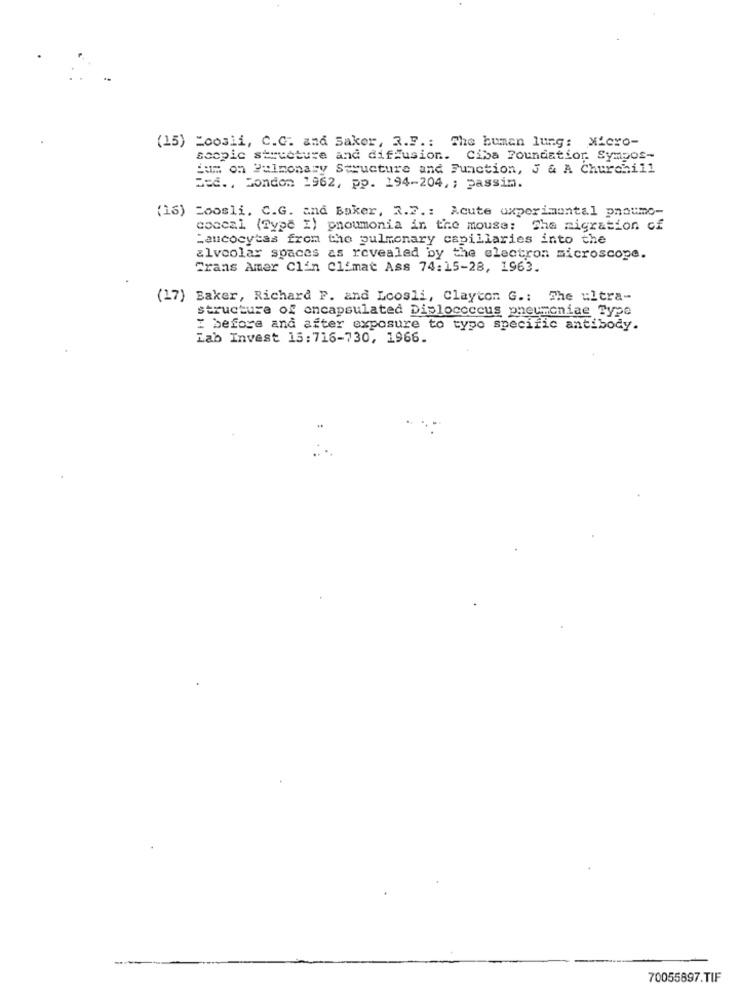
(15) Zoosii, C.C. and Saker, R.F .: The human lung: Micro-
scopic structure and diffusion. Ciba Foundation Sympos-
jum on Pulmonary Structure and Function, J & A Churchill
Bed ., London 1962, pp. 194-204, ; passim.
(16) Zoosli. C.G. and Baker, 2.7 .: Acute uxperimental pnoumo-
coccal (Type I) pnoumonia in the mouse: The migration of
"aucocytes from the pulmonary capillaries into the
alveolar spaces as revealed by the electron microscope.
Trans Amer Clin Climat Ass 74:15-28, 1963.
(17) Baker, Richard F. and Lcosli, Clayton G .: The ultra-
structure of encapsulated Dislococcus pneumoniae Type
Z before and after exposure to typo specific antibody.
Lab Invest 13:716-730, 1966.
70055897.TIF